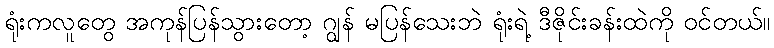
ရုံးကလူတွေ အကုန်ပြန်သွားတော့ ဂျွန် မပြန်သေးဘဲ ရုံးရဲ့ ဒီဇိုင်းခန်းထဲကို ဝင်တယ်။